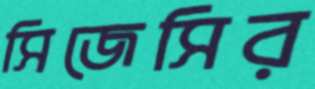
সিজেসির